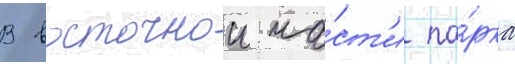
В восточнои ча́ст'и па́рка